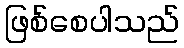
ဖြစ်စေပါသည်